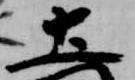
土